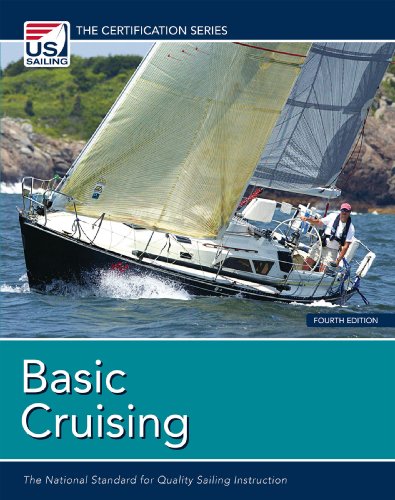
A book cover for Basic Cruising: The National Standard for Quality Sailing Instruction (Certification (U.S. Sailing)); Sports & Outdoors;